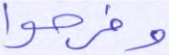
وفرحوا